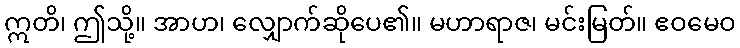
ဣတိ၊ ဤသို့။ အာဟ၊ လျှောက်ဆိုပေ၏။ မဟာရာဇ၊ မင်းမြတ်။ ဧဝမေဝ